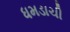
ધમડાચી